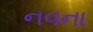
નવના